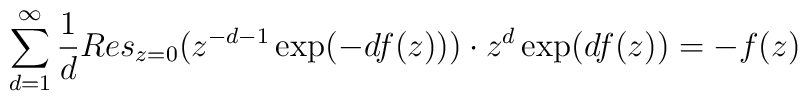
\sum_{d=1}^{\infty}\frac{1}{d}Res_{z=0}(z^{-d-1}\exp(-df(z)))\cdot z^{d}\exp(df(z))=-f(z)